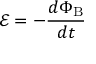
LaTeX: { \mathcal { E } } = - { \frac { d \Phi _ { \mathrm { B } } } { d t } }